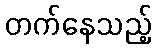
တက်နေသည့်